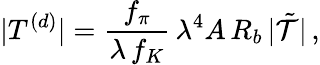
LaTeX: |T^{(d)}|=\frac{f_{\pi}}{\lambda\, f_{K}}\, \lambda^{4}A\, R_{b}\, |\tilde{\cal T}|\, ,